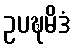
ဥပဍ္ဎမိဒံ